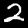
Digit: 2